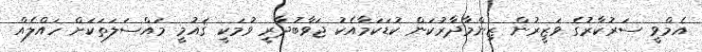
އެމްވީ ސަރުކާރުގެ ވަޒީރުން ޒިންމާދާރުކަން ކުޑަކަމާއެކު ޖަވާބުދާރީ ވުމަކީ ޤައުމީ މައްސަލަތަކަށް ހައްލެއް